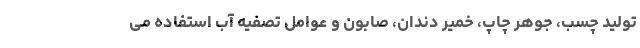
تولید چسب، جوهر چاپ، خمیر دندان، صابون و عوامل تصفیه آب استفاده می